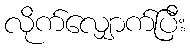
လိုက်လျှောက်ပြီး